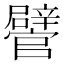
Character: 𨐽